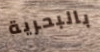
بالبحرية